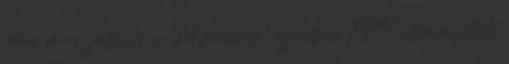
német megszállásig, a „két pogány” azonban 1948 után másként